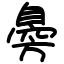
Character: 臱